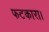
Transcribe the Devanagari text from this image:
फटकारा।